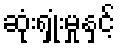
ဆုံးရှုံးမှုနှင့်